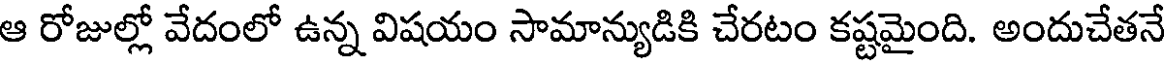
ఆ రోజుల్లో వేదంలో ఉన్న విషయం సామాన్యుడికి చేరటం కష్టమైంది. అందుచేతనే